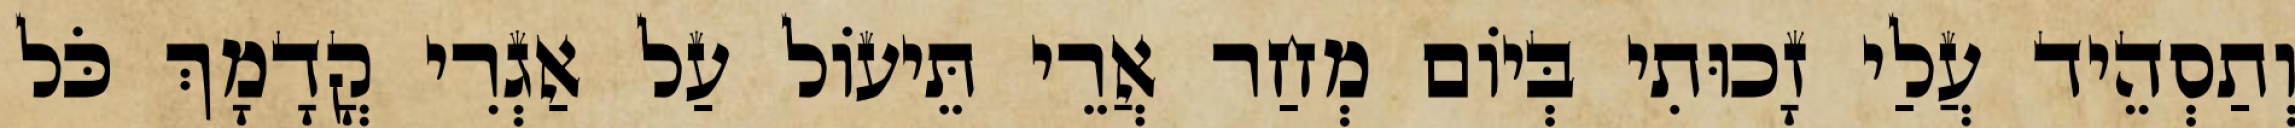
וְתַסְהֵיד עֲלַי זָכוּתִי בְּיוֹם מְחַר אֲרֵי תֵּיעוֹל עַל אַגְרִי קֳדָמָךְ כֹּל